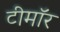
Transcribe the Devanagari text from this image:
टीमॉर